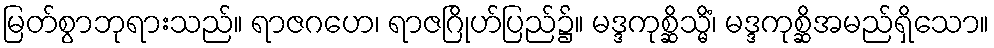
မြတ်စွာဘုရားသည်။ ရာဇဂဟေ၊ ရာဇဂြိုဟ်ပြည်၌။ မဒ္ဒကုစ္ဆိသ္မိံ၊ မဒ္ဒကုစ္ဆိအမည်ရှိသော။